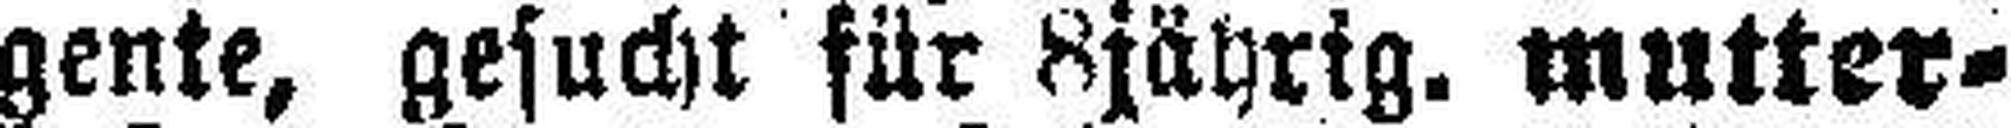
gente, gesucht für 8jährig. mutter¬